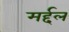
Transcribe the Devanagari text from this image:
मर्द्दल